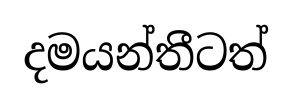
දමයන්තීටත්